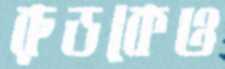
রুডকেও